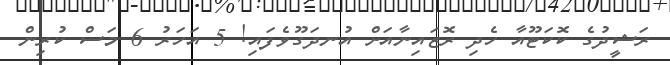
ރަޝީދުގެ ކޮކަޓޫއާ ހެދި ރޮޒައިނާއަށް އުނދަގޫވެފައި! 5 އަހަރު 6 މަސް ކުރިން